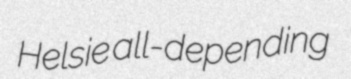
Helsie all-depending